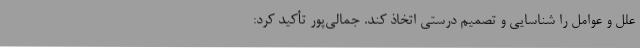
علل و عوامل را شناسایی و تصمیم درستی اتخاذ کند. جمالی‌پور تأکید کرد: